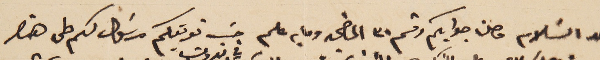
بعد السَلام وصلنا جوابكم رقم ٣٠ الماضي وما به علم حسَب تعريفكم مرسَول لكم طى هذا